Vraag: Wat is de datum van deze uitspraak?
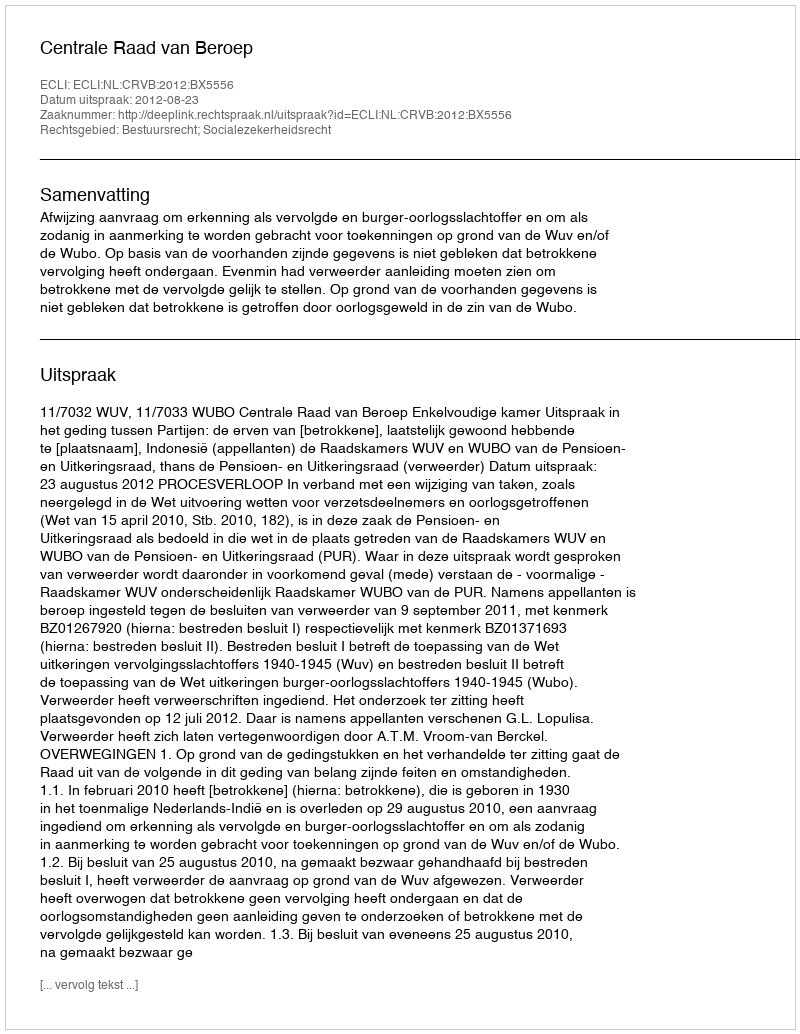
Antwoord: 2012-08-23